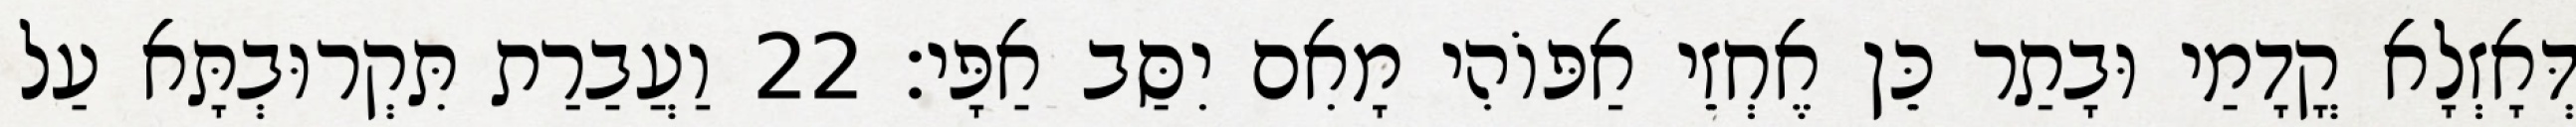
דְּאָזְלָא קֳדָמַי וּבָתַר כֵּן אֶחְזֵי אַפּוֹהִי מָאִם יִסַּב אַפָּי׃ 22 וַעֲבַרַת תִּקְרוּבְתָּא עַל